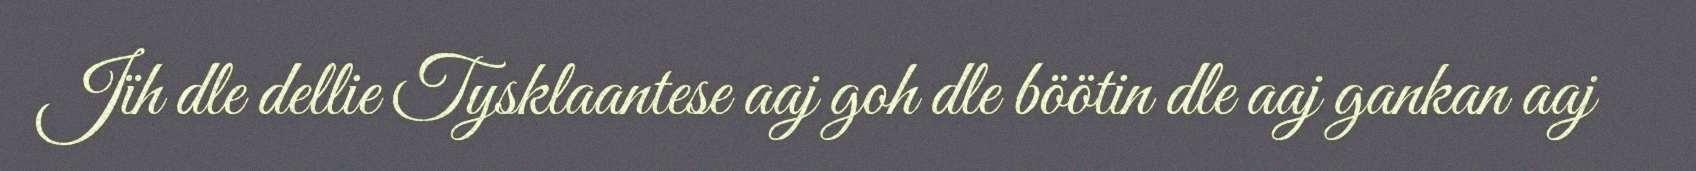
Jïh dle dellie Tysklaantese aaj goh dle böötin dle aaj gankan aaj